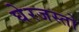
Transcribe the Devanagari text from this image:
घेरजस्तो